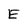
Character: E